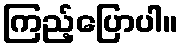
ကြည့်ပြောပါ။